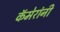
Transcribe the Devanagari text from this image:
कॅमेरांनी